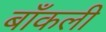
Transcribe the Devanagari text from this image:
बाँकली